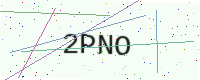
Text: 2PNO